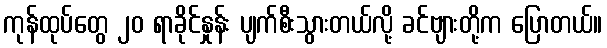
ကုန်ထုပ်တွေ ၂၀ ရာခိုင်နှုန်း ပျက်စီးသွားတယ်လို့ ခင်ဗျားတို့က ပြောတယ်။